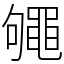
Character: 䵶